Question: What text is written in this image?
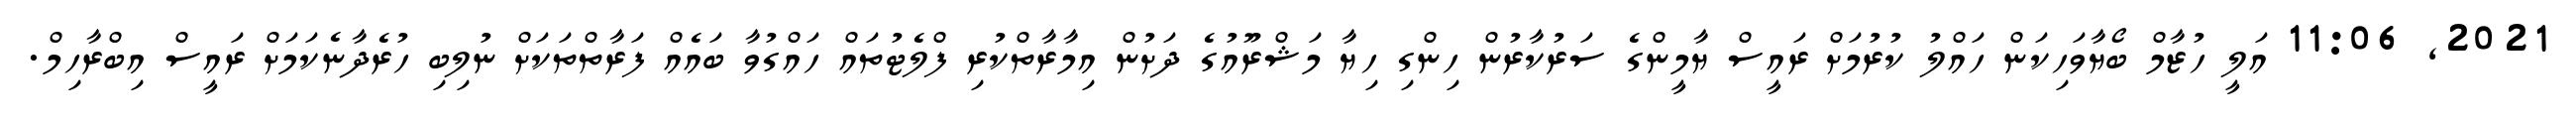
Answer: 2021, 11:06 އަލީ ހުޒާމް ބޯޔާވަހިކަން ހައްލު ކުރުމަށް ރައީސް ޔާމީންގެ ސަރުކާރުން ހިންގި ހިޔާ މަޝްރޫއުގެ ދަށުން އިމާރާތްކުރި ފްލެޓުތައް ހައްގުވާ ބައެއް ފަރާތްތަކަށް ނުލިބި ހުރެދާނެކަމަށް ރައީސް އިބްރާހިމް.